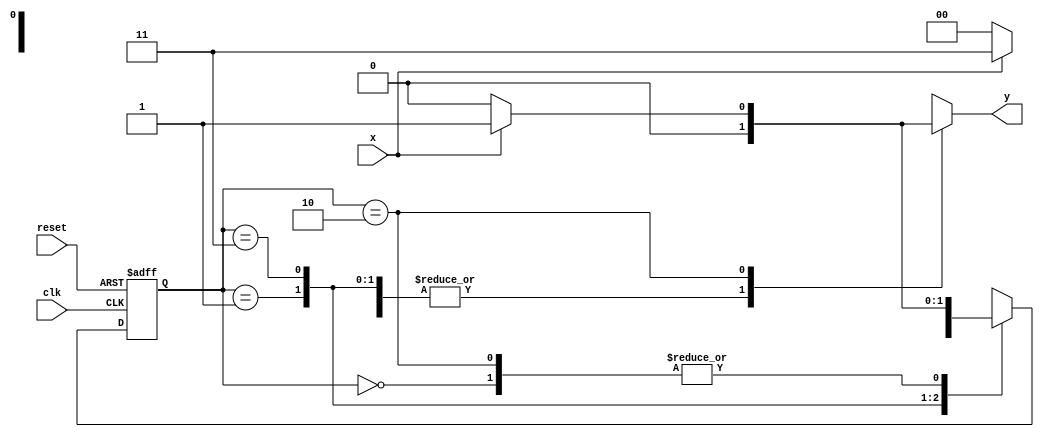
 // ------------------------- 
// Mealy FSM 1101
// Nome: Lucas Cardoso 
// ------------------------- 
// ------------------------- 

/* 

Mealy FSM Diagram 

__________________ 
/ \ 
1 v 1 0 1 | // found 
[start] ---> [id1] ---> [id11] ---> [id110] 
^ \0 0 | 1 / ^ 0 | // not found 
\_/ / \__/ | 
\_______/ / 
\ / 
\______________________/ 
*/ 


// constant definitions 
`define found 1 
`define notfound 0 

// FSM by Mealy 
module mealy1101 ( y, x, clk, reset ); 
output y; 
input x; 
input clk; 
input reset; 
reg y; 

// ------------------------- definir dados 
parameter // state identifiers 
start = 2'b00, 
id1 = 2'b01, 
id11 = 2'b11, 
id110 = 2'b10; 

reg [1:0] E1; // current state variables 
reg [1:0] E2; // next state logic output 

// ------------------------- parte principal 
// next state logic 
always @( x or E1 ) 
begin 

y = `notfound; 
case ( E1 ) 
start: 
if ( x ) 
E2 = id1; 
else 
E2 = start; 
id1: 
if ( x ) 
E2 = id11; 
else 
E2 = start; 
id11: 
if ( x ) 
E2 = id11; 
else 
E2 = id110; 
id110: 
if ( x ) 
begin 
E2 = id1; 
y = `found; 

end 
else 
begin 

E2 = start; 
y = `notfound; 

end 
default: // undefined state 
E2 = 2'bxx; 
endcase 

end // always at signal or state changing 

// state variables 
always @( posedge clk or negedge reset ) 
begin 

if ( reset ) 
E1 = E2; // updates current state 
else 
E1 = 0; // reset 
end // always at signal changing 

endmodule // mealy1101